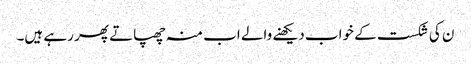
ن کی شکست کے خواب دیکھنے والے اب منہ چھپاتے پھر رہے ہیں۔